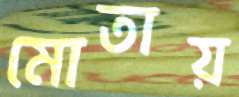
মোতায়